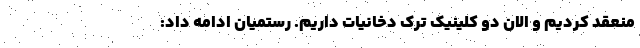
منعقد کردیم و الان دو کلینیک ترک دخانیات داریم. رستمیان ادامه داد: